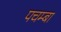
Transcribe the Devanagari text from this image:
पचम्बा